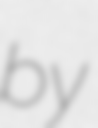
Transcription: by